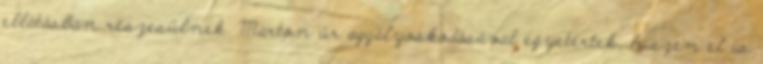
ellátásban részesülnek. Marton úr aggályoskodásával egyetértek, hiszen el is